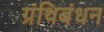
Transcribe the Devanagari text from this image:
ग्रंथिबंधन